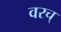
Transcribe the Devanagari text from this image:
वरच्